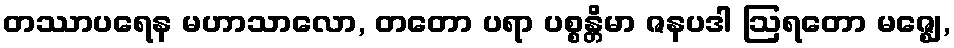
တဿာပရေန မဟာသာလော, တတော ပရာ ပစ္စန္တိမာ ဇနပဒါ ဩရတော မဇ္ဈေ,